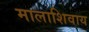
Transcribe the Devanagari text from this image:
मालाशिवाय